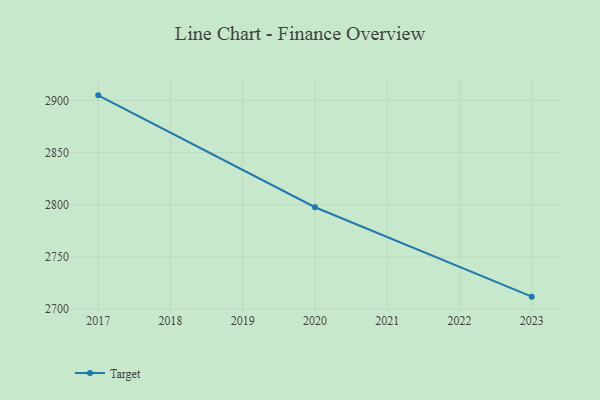
{"axis": {"x": "Year", "y": "Headcount"}, "legend": ["Target"], "data": [{"x": "2017", "y": 2904.9, "type": "Target"}, {"x": "2020", "y": 2797.6, "type": "Target"}, {"x": "2023", "y": 2711.9, "type": "Target"}]}